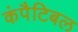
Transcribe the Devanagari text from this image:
कंपैटिबल